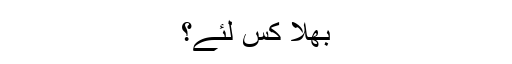
بھلا کس لئے؟